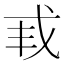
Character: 𫻩